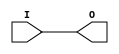
// This program was cloned from: https://github.com/jhshi/openofdm
// License: Apache License 2.0

// $Header: /devl/xcs/repo/env/Databases/CAEInterfaces/verunilibs/data/unisims/IBUF_SSTL18_II.v,v 1.6 2007/05/23 21:43:35 patrickp Exp $
///////////////////////////////////////////////////////////////////////////////
// Copyright (c) 1995/2004 Xilinx, Inc.
// All Right Reserved.
///////////////////////////////////////////////////////////////////////////////
//   ____  ____
//  /   /\/   /
// /___/  \  /    Vendor : Xilinx
// \   \   \/     Version : 10.1
//  \   \         Description : Xilinx Functional Simulation Library Component
//  /   /                  Input Buffer with SSTL18_II I/O Standard
// /___/   /\     Filename : IBUF_SSTL18_II.v
// \   \  /  \    Timestamp : Thu Mar 25 16:42:36 PST 2004
//  \___\/\___\
//
// Revision:
//    03/23/04 - Initial version.
//    05/23/07 - Changed timescale to 1 ps / 1 ps.

`timescale  1 ps / 1 ps


module IBUF_SSTL18_II (O, I);

    output O;

    input  I;

	buf B1 (O, I);


endmodule